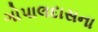
ગોપાલદાસના